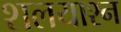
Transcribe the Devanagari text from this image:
शलयाश्न